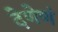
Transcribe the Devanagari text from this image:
देणेणं